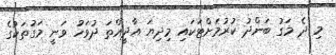
މި ދެ މަގު ބަންދު ކުރުމަށްޓަކައި މިދިޔަ އާދީއްތަ ދުވަހު ވަނީ މަގުތަކުގެ